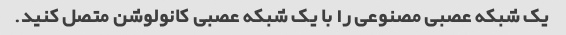
یک شبکه عصبی مصنوعی را با یک شبکه عصبی کانولوشن متصل کنید.